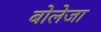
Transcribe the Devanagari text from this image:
बोलेजा